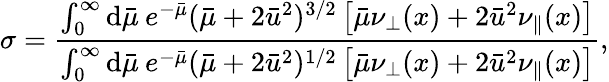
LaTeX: \sigma=\frac{\int_{0}^{\infty}\mathrm{d}\bar{\mu}\: e^{-\bar{\mu}}(\bar{\mu}+2\bar{u}^{2})^{3/2}\left[\bar{\mu}\nu_{\perp}(x)+2\bar{u}^{2}\nu_{\parallel}(x)\right]}{\int_{0}^{\infty}\mathrm{d}\bar{\mu}\: e^{-\bar{\mu}}(\bar{\mu}+2\bar{u}^{2})^{1/2}\left[\bar{\mu}\nu_{\perp}(x)+2\bar{u}^{2}\nu_{\parallel}(x)\right]},